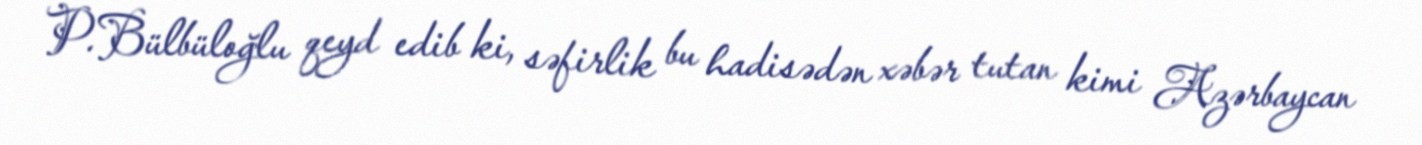
P.Bülbüloğlu qeyd edib ki, səfirlik bu hadisədən xəbər tutan kimi Azərbaycan